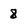
Character: 8